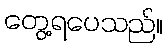
တွေ့ရပေသည်။